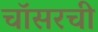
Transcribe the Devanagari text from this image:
चॉसरची